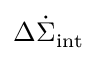
\Delta \dot { \Sigma } _ { \mathrm { i n t } }